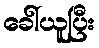
ခေါ်ယူပြီး